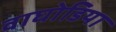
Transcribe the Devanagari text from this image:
वाघोडिया